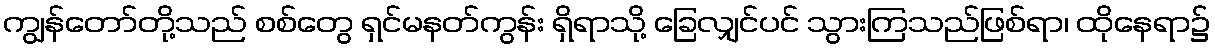
ကျွန်တော်တို့သည် စစ်တွေ ရှင်မနတ်ကွန်း ရှိရာသို့ ခြေလျှင်ပင် သွားကြသည်ဖြစ်ရာ၊ ထိုနေရာ၌